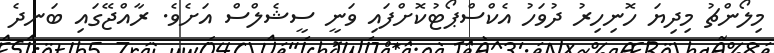
މިލޯންޗު މިދިޔަ ހޮނިހިރު ދުވަހު އެކްސްޕޯޓުކޮށްފައި ވަނީ ސީޝެލްސް އަށެވެ. ރާއްޖޭގައި ބަނދެ